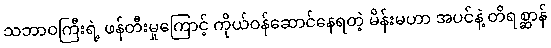
သဘာဝကြီးရဲ့ ဖန်တီးမှုကြောင့် ကိုယ်ဝန်ဆောင်နေရတဲ့ မိန်းမဟာ အပင်နဲ့ တိရစ္ဆာန်